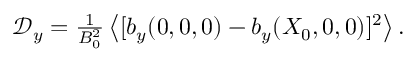
\begin{array} { r } { \mathcal D _ { y } = \frac { 1 } { B _ { 0 } ^ { 2 } } \left\langle [ b _ { y } ( 0 , 0 , 0 ) - b _ { y } ( X _ { 0 } , 0 , 0 ) ] ^ { 2 } \right\rangle . } \end{array}